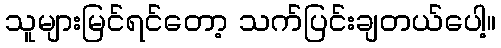
သူများမြင်ရင်တော့ သက်ပြင်းချတယ်ပေါ့။